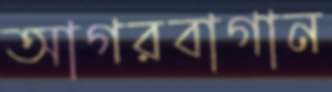
আগরবাগান